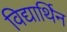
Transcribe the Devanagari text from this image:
विद्यार्थिन